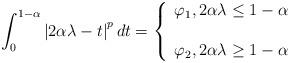
LaTeX: \begin{align*}\int_{0}^{1-\alpha }\left\vert 2\alpha \lambda -t\right\vert ^{p}dt=\left\{ \begin{array}{c}\varphi _{1},2\alpha \lambda \leq 1-\alpha \\ \\ \varphi _{2},2\alpha \lambda \geq 1-\alpha\end{array}\right. \end{align*}